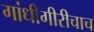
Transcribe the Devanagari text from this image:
गांधीगीरीचाच